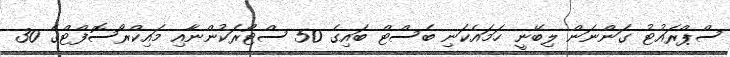
ސްޕްރައުޓު ގަންނަން ލިބޭނީ ހަމައެކަނި ބެސްޓް ބައިގެ 50 ސްޓޯރަކުންނާއި މައިކްރޯސޮފްޓްގެ 30